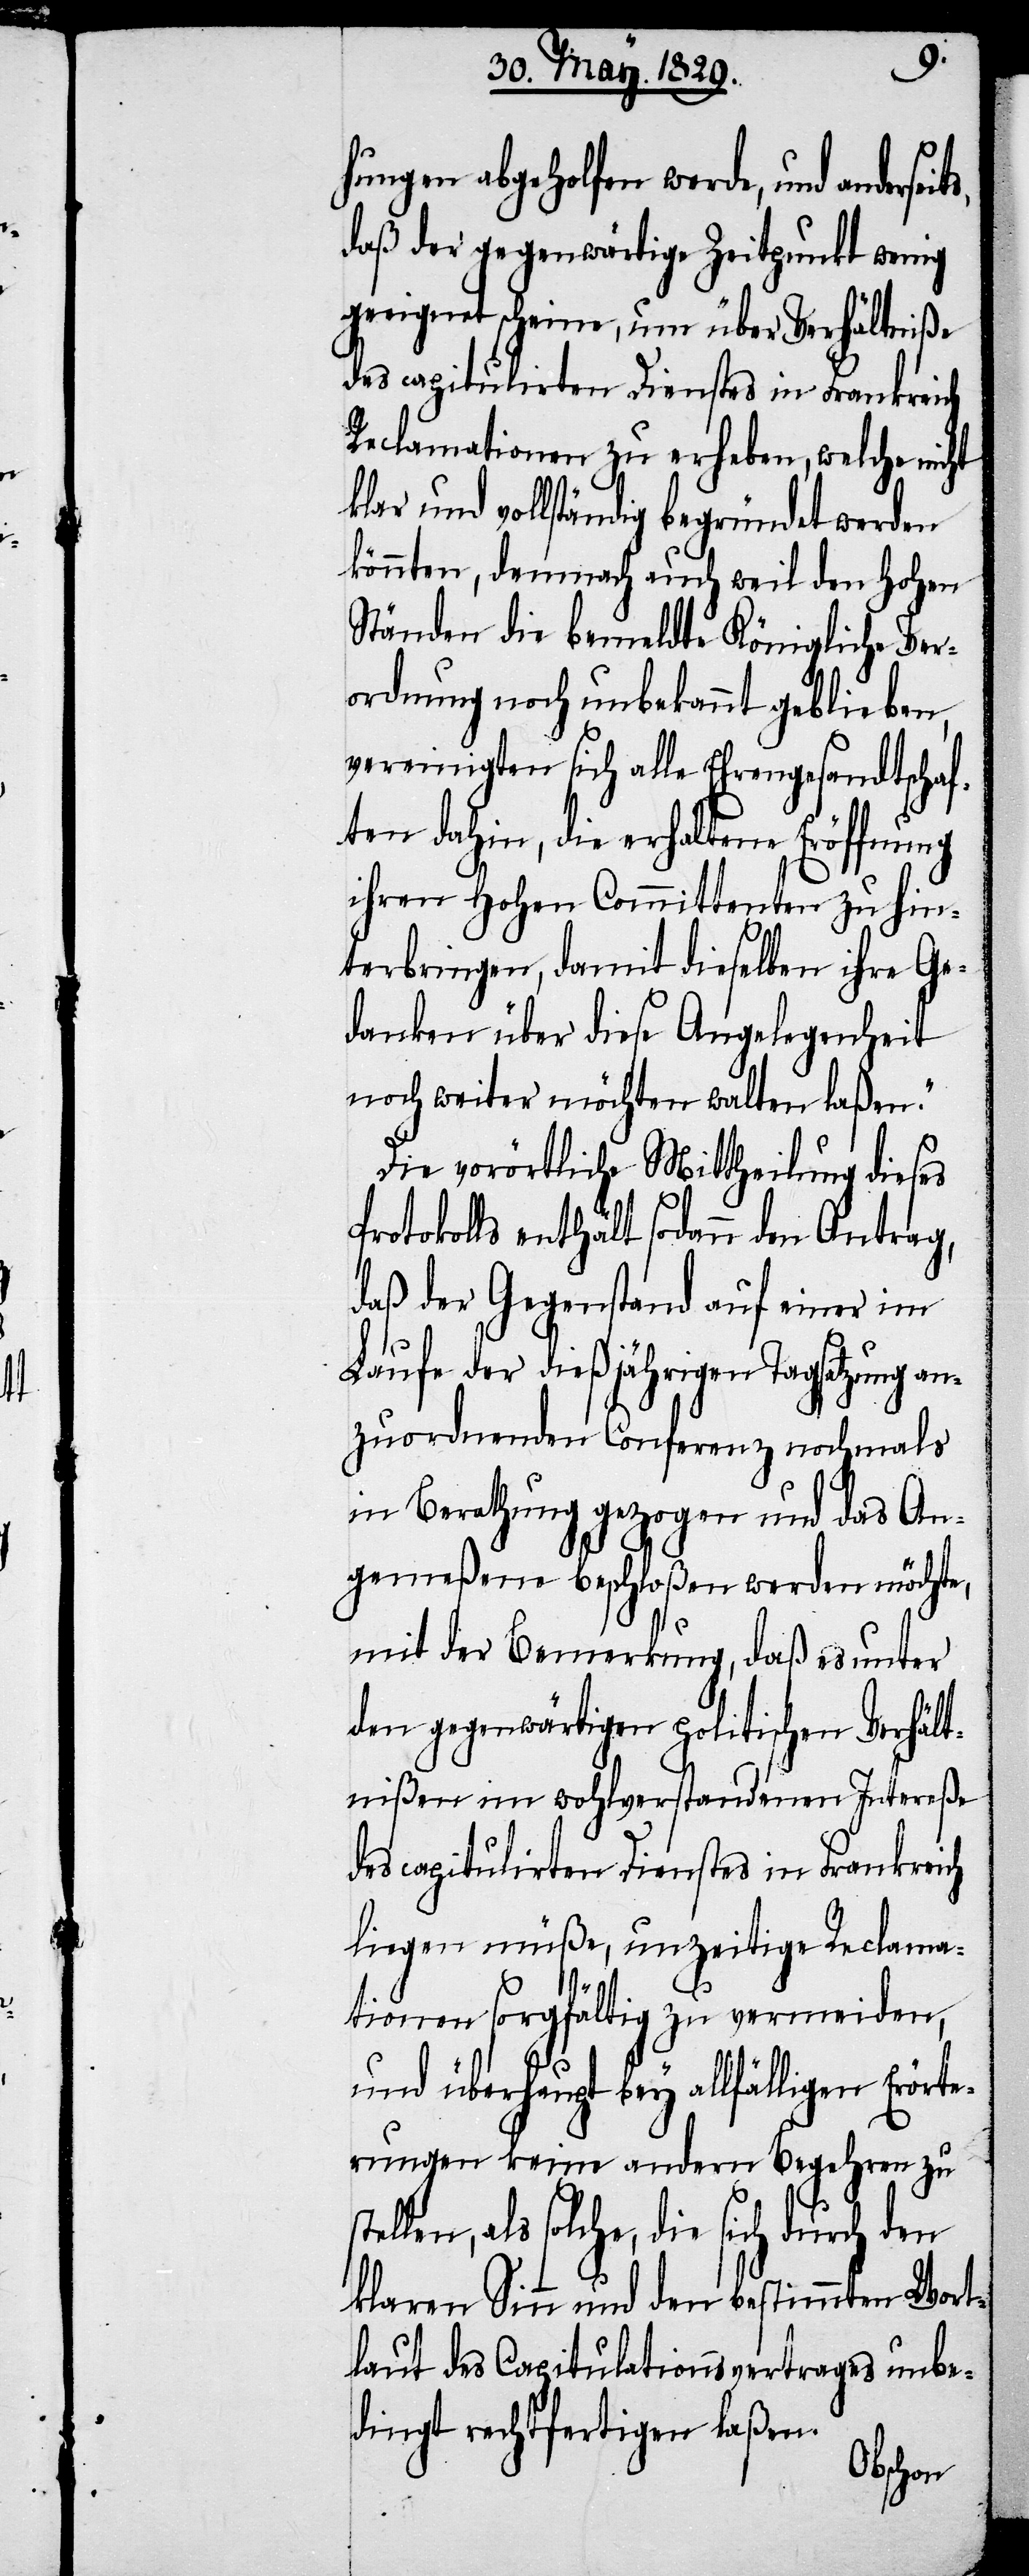
ht
hungen abgeholfen werde, und anders¬
daß der gegenwärtige Zeitpunkt wenig
geeignet scheine, nur über Verhältniße
Reclamationen zu erheben, welche nic¬
klar und vollständig begründet werden
könnten, demnach auch weil den Hohen
Ständen die bemeldte Königliche Ver¬
ordnung noch unbekannt geblieben,
vereinigten sich alle Ehrengesandtschaf¬
ten dahin, die erhaltene Eröffnung
ihren Hohen Committenten zu hin¬
terbringen, damit dieselben ihr Ge¬
danken über diese Angelegenheit
noch weiter möchten walten laßen.“
Die vorörtliche Mittheilung dieses
Protokolls enthält sodann den Antrag,
daß der Gegenstand auf einer im
Laufe der dießfälligen Tagsatzung an¬
zuordnenden Conferenz nochmals
in Berathung gezogen und das An¬
gemeßene beschloßen werden möchte,
mit der Bemerkung, daß es unter
den gegenwärtigen politischen Verhält¬
nißen im wohlverstandenen Intereße
des capitulirten Dienstes in Frankreich
liegen müßen, unzeitige Reclama¬
tionen sorgfältig zu vermeiden,
und überhaupt bey allfälligen Erör¬
terungen keine andern Begehren zu
als solche, die sich durch den
klaren Sinn und den bestimmten Wort¬
laut des Capitulationsvertrages unbe¬
dingt rechtfertigen laßen.